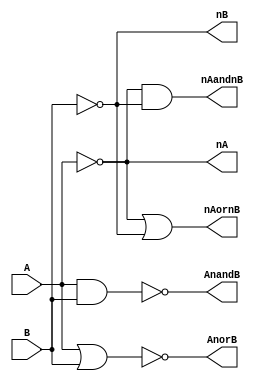
module demorgan
(
  input  A,          // Single bit inputs
  input  B,
  output nA,         // Output intermediate complemented inputs
  output nB,
  output nAandnB,     // Single bit output, (~A)*(~B)
  output AnandB,       // Single bit output, A*B
  output nAornB,       // Single bit output, (~A+~B)
  output AnorB        // Single bit output, A+B
);

  wire nA;
  wire nB;
  not Ainv(nA, A);  	// Top inverter is named Ainv, takes signal A as input and produces signal nA
  not Binv(nB, B);

  and andgate(nAandnB, nA, nB); 	// AND gate produces nAandnB from nA and nB
  or orgate(nAornB, nA, nB);
  nor norgate(AnorB, A, B);
  nand nandgate(AnandB, A, B);
endmodule